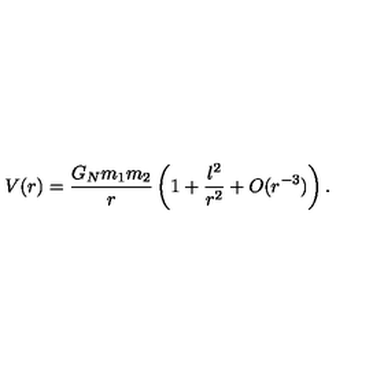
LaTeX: V ( r ) = \frac { G _ { N } m _ { 1 } m _ { 2 } } { r } \left( 1 + \frac { l ^ { 2 } } { r ^ { 2 } } + O ( r ^ { - 3 } ) \right) .